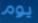
يوم